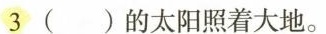
3 ()的太阳照着大地。